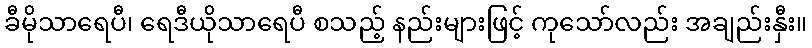
ခီမိုသာရေပီ၊ ရေဒီယိုသာရေပီ စသည့် နည်းများဖြင့် ကုသော်လည်း အချည်းနှီး။